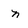
Character: n